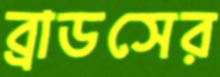
ব্রাডসের